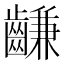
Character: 𪙊